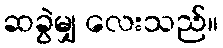
ဆခွဲမျှ လေးသည်။